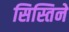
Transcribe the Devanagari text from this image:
सिस्तिने